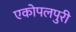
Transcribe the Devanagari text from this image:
एकोपलपुरी